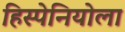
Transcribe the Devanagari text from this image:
हिस्पेनियोला